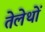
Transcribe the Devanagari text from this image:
तेलेथों